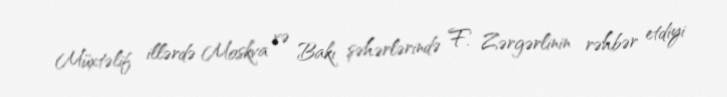
Müxtəlif illərdə Moskva və Bakı şəhərlərində F. Zərgərlinin rəhbər etdiyi